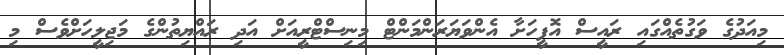
މިއަދުގެ ވަގުތެއްގައި ރައީސް އޮފީހަށާ އެންވަޔަރަންމަންޓް މިނިސްޓްރީއަށް އަދި ރައްޔިތުންގެ މަޖިލީހަށްވެސް މި